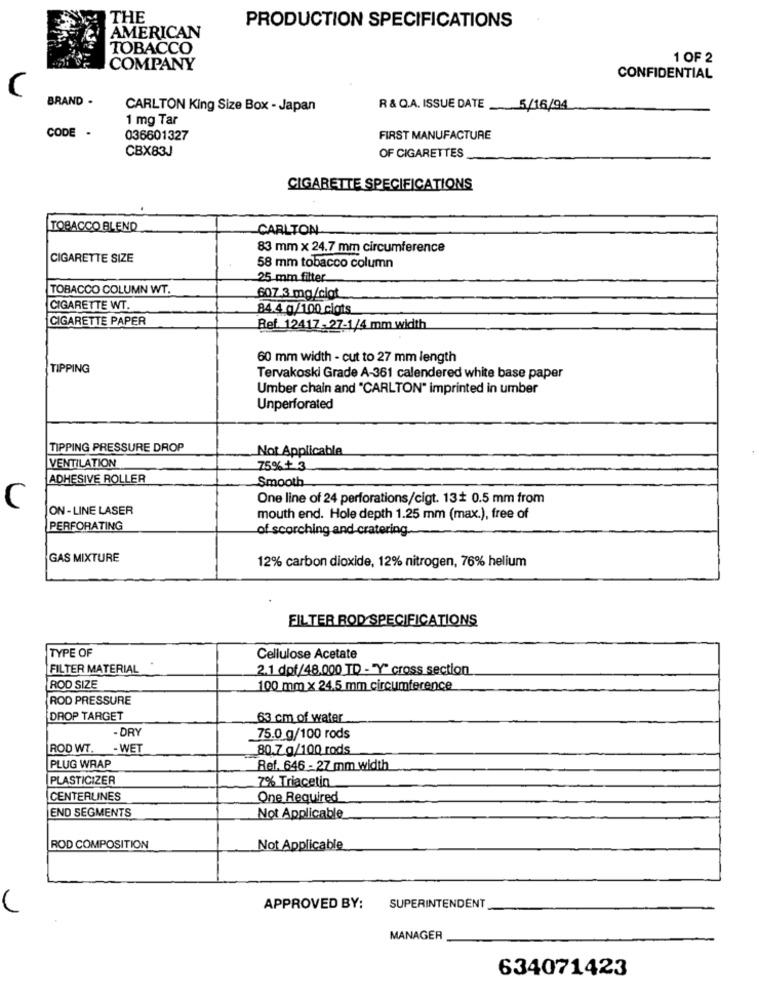
THE
PRODUCTION SPECIFICATIONS
AMERICAN
TOBACCO
1 OF 2
COMPANY
CONFIDENTIAL
C
BRAND .
CARLTON King Size Box - Japan
R & Q.A. ISSUE DATE _5/16/94
1 mg Tar
CODE -
036601327
FIRST MANUFACTURE
CBX83J
OF CIGARETTES
CIGARETTE SPECIFICATIONS
TOBACCO BLEND
CARLTON
83 mm x 24.7 mm circumference
CIGARETTE SIZE
58 mm tobacco column
25 mm filter
TOBACCO COLUMN WT.
607.3 mg/ciot
CIGARETTE WT.
84.4 g/100 cigts
CIGARETTE PAPER
Ref. 12417- 27-1/4 mm width
60 mm width - cut to 27 mm length
TIPPING
Tervakoski Grade A-361 calendered white base paper
Umber chain and "CARLTON" imprinted in umber
Unperforated
TIPPING PRESSURE DROP
Not Applicable
VENTILATION
75%+ 3
ADHESIVE ROLLER
Smooth
One line of 24 perforations/cigt. 13+ 0.5 mm from
C
ON - LINE LASER
mouth end. Hole depth 1.25 mm (max.), free of
PERFORATING
of scorching and cratering.
GAS MIXTURE
12% carbon dioxide, 12% nitrogen, 76% helium
FILTER ROD SPECIFICATIONS
TYPE OF
Cellulose Acetate
FILTER MATERIAL
2.1 dof/48.000 TD - "Y" cross section
ROD SIZE
100 mm x 24.5 mm circumference
ROD PRESSURE
DROP TARGET
63 cm of water
- DRY
75.0 g/100 rods
ROD WT.
- WET
80.7 g/100 rods
PLUG WRAP
Ref. 646 - 27 mm width
PLASTICIZER
7% Triacetin
CENTERLINES
One Required
END SEGMENTS
Not Applicable
ROD COMPOSITION
Not Applicable
APPROVED BY:
SUPERINTENDENT
MANAGER
634071423